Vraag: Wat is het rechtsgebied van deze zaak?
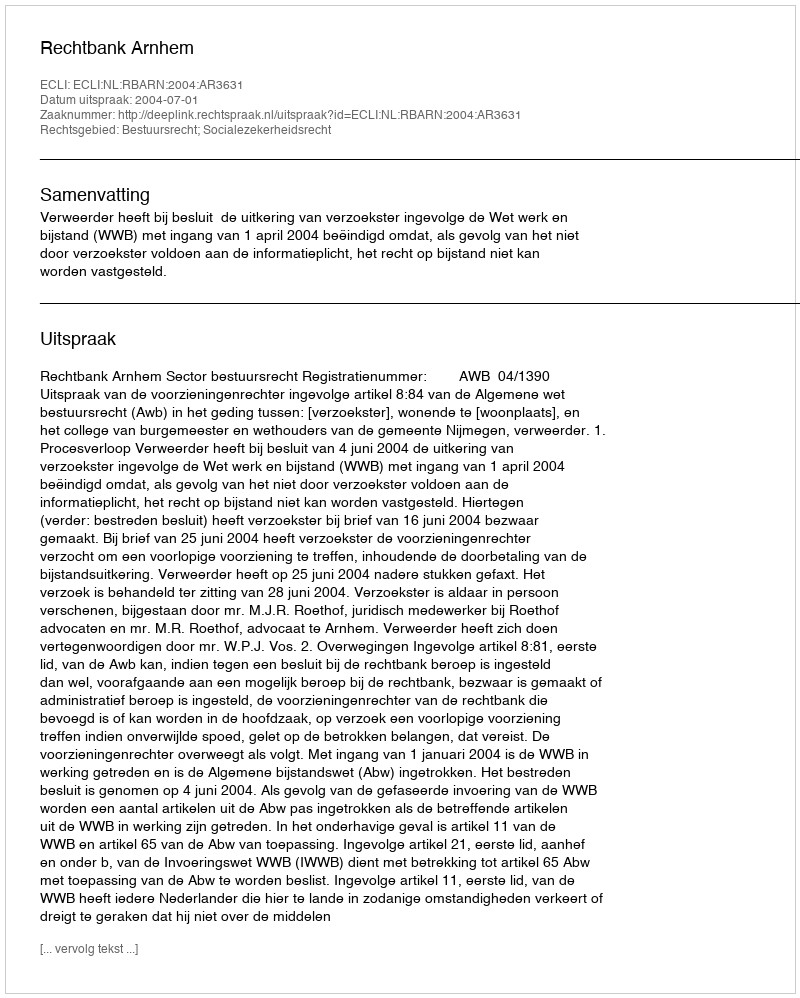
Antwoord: Bestuursrecht; Socialezekerheidsrecht